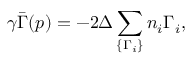
\gamma \bar { \Gamma } ( p ) = - 2 \Delta \sum _ { \{ \Gamma _ { i } \} } n _ { i } \Gamma _ { i } ,